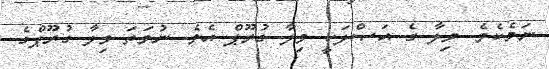
ނަމެކެވެ. ވިލާ ގެ އަޞްލަކީ ވިލާ ގުރޫޕް އެވެ. ނުވަތަ ވިލާ ގުރޫޕްގެ